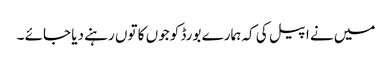
میں نے اپیل کی کہ ہمارے بورڈ کو جوں کا توں رہنے دیا جائے ۔